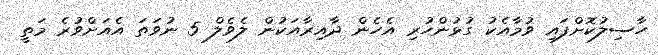
ހާސިލުކޮށްފައި ވުމާއެކު ގުޅުންހުރި އެހެން ދާއިރާއަކުން ލެވެލް 5 ނުވަތަ އެއަށްވުރެ މަތީ